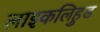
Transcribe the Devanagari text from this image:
लाइकलिहुड